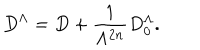
D ^ { \Lambda } = D + \frac { 1 } { \Lambda ^ { 2 n } } D _ { 0 } ^ { \Lambda } .